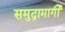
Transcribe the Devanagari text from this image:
समुद्रामार्गी